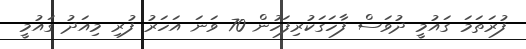
ފުރަތަމަ ގައުމީ ދުވަސް ފާހަގަކުރިފަހުން 70 ވަނަ އަހަރު ފުރި މިއަދު ގައުމީ